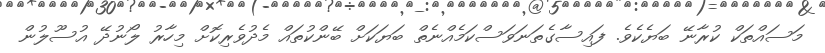
މަސައްތަކް ކުރާނޭ ބަޔެކެވެ. ފައިސާގެތަނަވަސްކަމެއްނެތް ބަޔަކަށް ބޭންކުތައް މެދުވެރިކޮށް މިހާރު ލޯނުދޭ އުސޫލުން